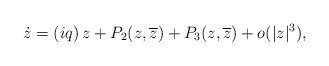
LaTeX: \begin{align*}\dot{z}=\left( iq\right) z+P_{2}(z,\overline{z})+P_{3}(z,\overline{z})+o(|z|^3), \end{align*}